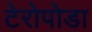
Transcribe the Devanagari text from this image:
टेरोपोडा